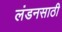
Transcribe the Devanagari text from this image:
लंडनसाठी